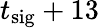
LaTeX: t_{\mathrm{sig}}+13